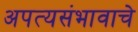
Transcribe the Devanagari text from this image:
अपत्यसंभावाचे